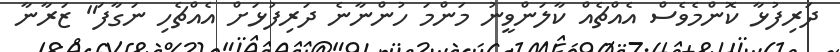
ދަރިފުޅާ ކޮންމެވެސް އެއްޗެއް ކާލަންވީނު މަންމަ ހުންނާނެ ދަރިފުޅަށް އެއްޗެހި ނަގާފަ" ޒަރާނާ